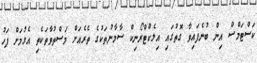
ކަސްޓަމްސް އިން ބުނެފައިވާ ގޮތުގައި އިލެކްޓްރޯނިކް ސާމާނުތަކުގެ ތެރެއަށް މަސްތުވާތަކެތި އެޅުމަށް ފަހު